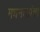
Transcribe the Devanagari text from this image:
मधमाशांचा